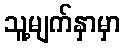
သူ့မျက်နှာမှာ